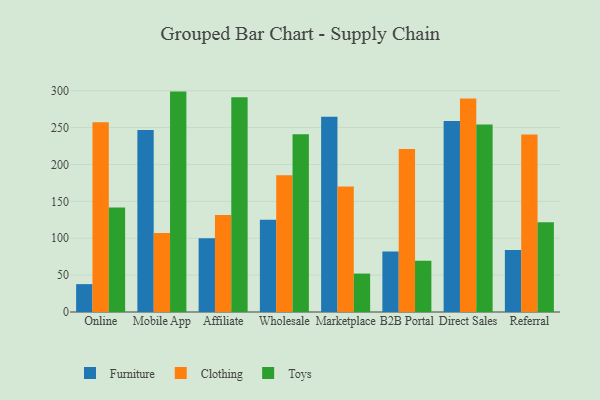
{"axis": {"x": "Channel", "y": "Page Views"}, "legend": ["Clothing", "Furniture", "Toys"], "data": [{"x": "Online", "y": 37.8, "type": "Furniture"}, {"x": "Online", "y": 257.2, "type": "Clothing"}, {"x": "Online", "y": 141.6, "type": "Toys"}, {"x": "Mobile App", "y": 246.7, "type": "Furniture"}, {"x": "Mobile App", "y": 107.1, "type": "Clothing"}, {"x": "Mobile App", "y": 298.8, "type": "Toys"}, {"x": "Affiliate", "y": 100.1, "type": "Furniture"}, {"x": "Affiliate", "y": 131.5, "type": "Clothing"}, {"x": "Affiliate", "y": 291.3, "type": "Toys"}, {"x": "Wholesale", "y": 124.9, "type": "Furniture"}, {"x": "Wholesale", "y": 185.3, "type": "Clothing"}, {"x": "Wholesale", "y": 240.9, "type": "Toys"}, {"x": "Marketplace", "y": 264.6, "type": "Furniture"}, {"x": "Marketplace", "y": 170.3, "type": "Clothing"}, {"x": "Marketplace", "y": 52.1, "type": "Toys"}, {"x": "B2B Portal", "y": 81.9, "type": "Furniture"}, {"x": "B2B Portal", "y": 221.0, "type": "Clothing"}, {"x": "B2B Portal", "y": 69.5, "type": "Toys"}, {"x": "Direct Sales", "y": 259.0, "type": "Furniture"}, {"x": "Direct Sales", "y": 289.6, "type": "Clothing"}, {"x": "Direct Sales", "y": 254.2, "type": "Toys"}, {"x": "Referral", "y": 84.1, "type": "Furniture"}, {"x": "Referral", "y": 240.5, "type": "Clothing"}, {"x": "Referral", "y": 121.7, "type": "Toys"}]}